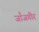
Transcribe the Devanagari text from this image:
जाँजगीर